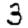
Digit: 3